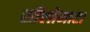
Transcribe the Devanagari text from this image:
सीलोमाटा